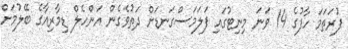
ފުރަތަމަ ހާފުގެ 14 ވަނަ މިނިޓުގައި ފަލަމަސްގަނޑަށް ދަތުވެގެން އަންހެލް ޑިމާރިއާގެ ބޭލުމަށް